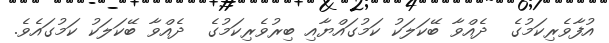
އުފާވެރިކަމުގެ  ދެއްވާ ބޭކަލަކު ކަމުގައްޔާއި ބިރުވެރިކަމުގެ  ދެއްވާ ބޭކަލަކު ކަމުގައެވެ.